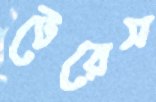
টেরেস